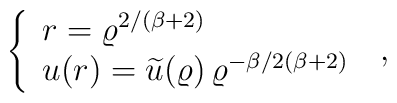
\left\{   \begin{array}{l}r  =   \varrho^{2/(\beta + 2)} \nonumber  \\u (r)   =  \widetilde{u} (\varrho)\, \varrho^{-\beta/2(\beta + 2)}\end{array}\right.\; ,